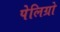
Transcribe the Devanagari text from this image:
पेलिग्रो